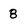
Character: 8